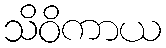
သိဝိကာယ